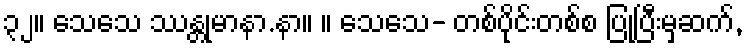
၃၂။ သေသေ ဿန္တုမာနာ.နာ။ ။ သေသေ- တစ်ပိုင်းတစ်စ ပြုပြီးမှဆက်,